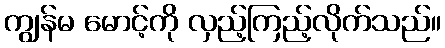
ကျွန်မ မောင့်ကို လှည့်ကြည့်လိုက်သည်။